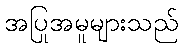
အပြုအမူများသည်